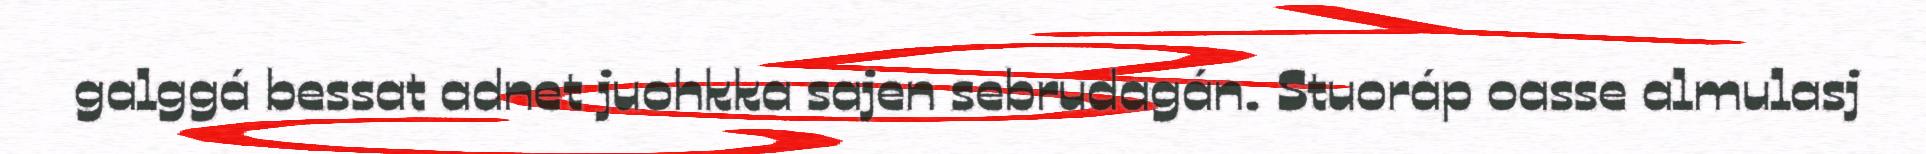
galggá bessat adnet juohkka sajen sebrudagán. Stuoráp oasse almulasj